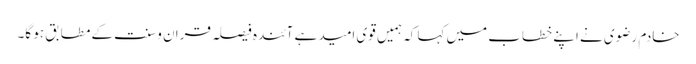
خادم رضوی نے اپنے خطاب میں کہا کہ ہمیں قوی امید ہے آئندہ فیصلہ قران و سنت کے مطابق ہو گا۔